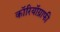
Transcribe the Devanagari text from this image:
कॉरियॉग्राफी